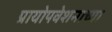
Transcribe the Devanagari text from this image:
प्रायोपवेशनाच्या